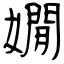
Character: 嫺